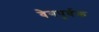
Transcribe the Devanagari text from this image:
वेगपूर्वक